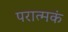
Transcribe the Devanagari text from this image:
परात्मकं